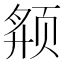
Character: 𱂬